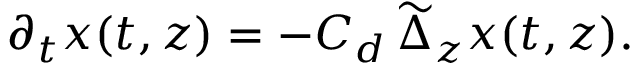
\partial _ { t } x ( t , z ) = - C _ { d } \, \widetilde { \Delta } _ { z } x ( t , z ) .